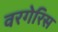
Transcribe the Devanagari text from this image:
वरगेरिस